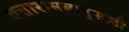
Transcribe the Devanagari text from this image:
दत्तारामबापूंसाठी